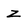
Character: z